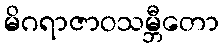
မိဂရာဇာဝသမ္ဘီတော